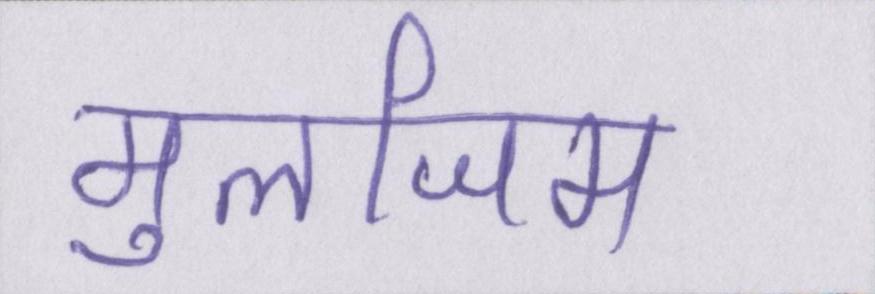
मुलजिम